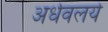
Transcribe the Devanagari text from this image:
अर्धवलये